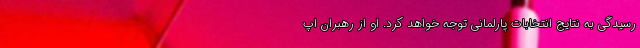
رسیدگی به نتایج انتخابات پارلمانی توجه خواهد کرد. او از رهبران اپ